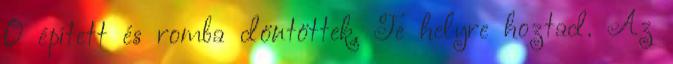
Ő épített és romba döntöttek, Te helyre hoztad. Az